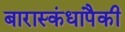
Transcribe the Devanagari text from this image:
बारास्कंधापैकी